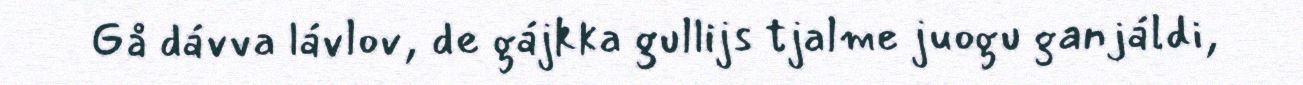
Gå dávva lávlov, de gájkka gullijs tjalme juogu ganjáldi,